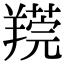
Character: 𦎻